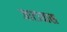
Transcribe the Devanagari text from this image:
जाटावास